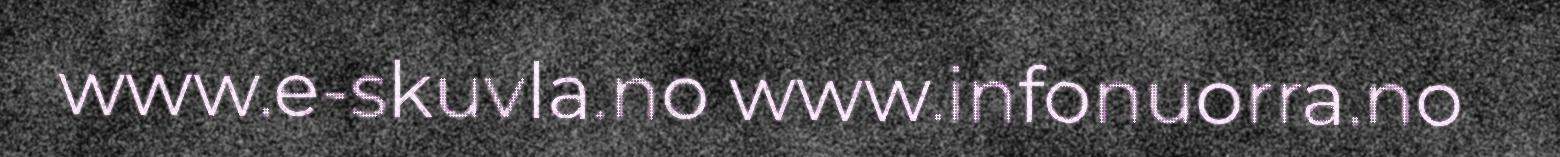
www.e-skuvla.no www.infonuorra.no